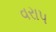
વરાપ